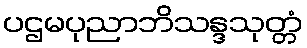
ပဌမပုညာဘိသန္ဒသုတ္တံ